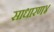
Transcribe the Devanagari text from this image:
साधारण४